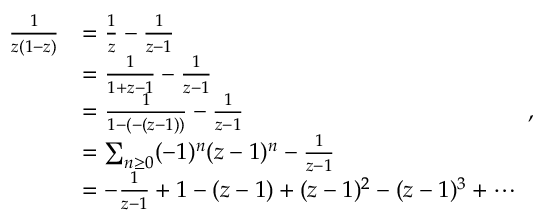
\begin{array} { r l } { \frac { 1 } { z ( 1 - z ) } } & { = \frac { 1 } { z } - \frac { 1 } { z - 1 } } \\ & { = \frac { 1 } { 1 + z - 1 } - \frac { 1 } { z - 1 } } \\ & { = \frac { 1 } { 1 - ( - ( z - 1 ) ) } - \frac { 1 } { z - 1 } } \\ & { = \sum _ { n \geq 0 } ( - 1 ) ^ { n } ( z - 1 ) ^ { n } - \frac { 1 } { z - 1 } } \\ & { = - \frac { 1 } { z - 1 } + 1 - ( z - 1 ) + ( z - 1 ) ^ { 2 } - ( z - 1 ) ^ { 3 } + \cdots } \end{array} ,